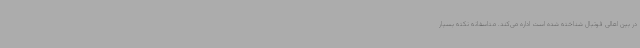
در بین اهالی فوتبال شناخته شده است اداره می‌کند. متاسفانه نکته بسیار